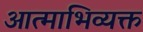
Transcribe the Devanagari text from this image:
आत्माभिव्यक्त